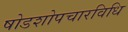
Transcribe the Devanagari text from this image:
षोडशोपचारविधि